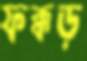
ফক্কড়